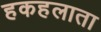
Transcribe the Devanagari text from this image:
हकहलाता